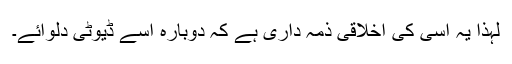
لہٰذا یہ اُسی کی اخلاقی ذمہ داری ہے کہ دوبارہ اسے ڈیوٹی دلوائے۔